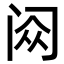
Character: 𬮥